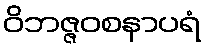
ဝိဘဇ္ဇဝစနာပရံ